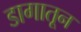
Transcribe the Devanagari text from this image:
डागातून